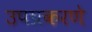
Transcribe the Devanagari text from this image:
उपप्रकरणे